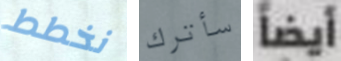
نخطط سأترك أيضاً